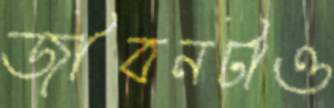
জীবনটাও